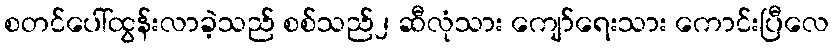
စတင်ပေါ်ထွန်းလာခဲ့သည် စစ်သည်၂ ဆီလုံသား ကျော်ရေးသား ကောင်းပြီလေ